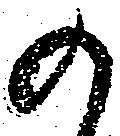
の